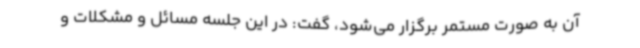
آن به صورت مستمر برگزار می‌شود، گفت: در این جلسه مسائل و مشکلات و